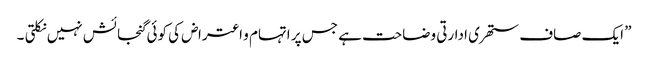
” ایک صاف ستھری ادارتی وضاحت ہے جس پر اتہام و اعتراض کی کوئی گنجائش نہیں نکلتی ۔